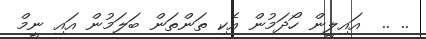
.. ..  އައިލީން ހޯދަމުން އެކި ތަންތަން ބަލަމުން އައި ނީމް